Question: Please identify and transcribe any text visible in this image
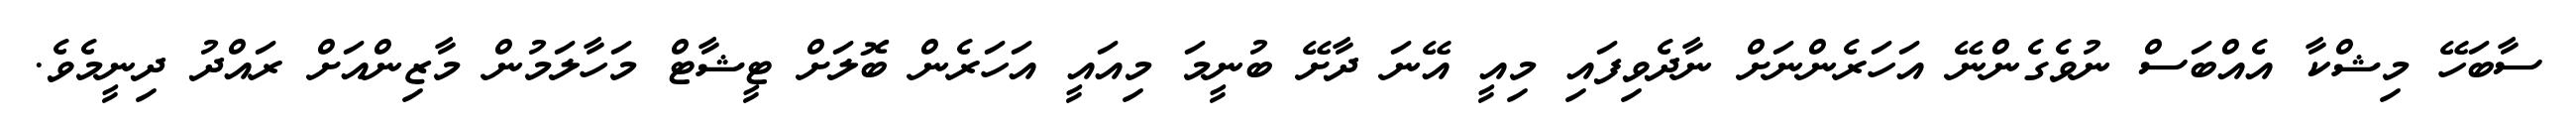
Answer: ސާބަހޭ މިޝްކާ އެއްބަސް ނުވެގެންނޭ އަހަރެންނަށް ނާދެވިފައި މިއީ އޭނަ ދާށޭ ބުނީމަ މިއައީ އަހަރެން ބޮލަށް ޓީޝާޓް މަހާލަމުން މާޒިންއަށް ރައްދު ދިނީމެވެ.